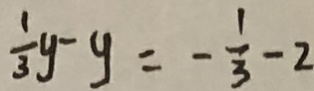
\frac { 1 } { 3 } y - y = - \frac { 1 } { 3 } - 2